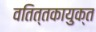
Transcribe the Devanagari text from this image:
वतित्तकायुक्त